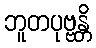
ဘူတပုဗ္ဗန္တိ